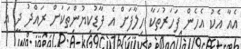
އެއާ އެކު އެހެން ފަހަރުތަކާ ހިލާފަށް އެ ފާޑުކިޔުންތަކަށް ރައްދު ދީ އެ